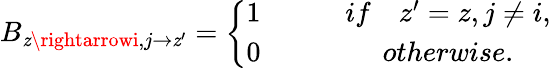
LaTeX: B_{\mathit{z}\rightarrowi,j\rightarrow\mathit{z}^{\prime}}=\left\{ \begin{array}{cc}{1\qquad}&{if\quad z^{\prime}=z,j\neq i,}\\ {0\qquad}&{otherwise.}\end{array}\right.